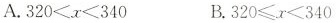
A.320<x≤340 B.320≤x<340